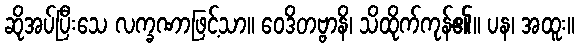
ဆိုအပ်ပြီးသေ လက္ခဏာဖြင့်သာ။ ဝေဒိတဗ္ဗာနိ၊ သိထိုက်ကုန်၏။ ပန၊ အထူး။